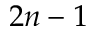
2 n - 1